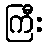
ကြီး